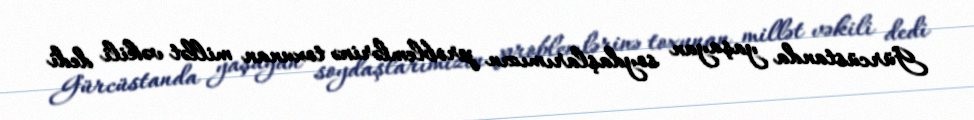
Gürcüstanda yaşayan soydaşlarımızın problemlərinə toxunan millət vəkili dedi